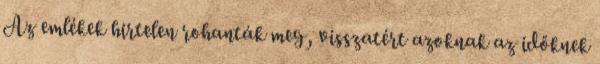
Az emlékek hirtelen rohanták meg, visszatért azoknak az időknek